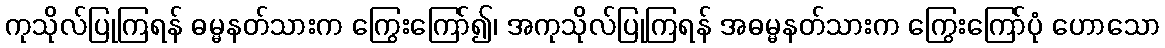
ကုသိုလ်ပြုကြရန် ဓမ္မနတ်သားက ကြွေးကြော်၍၊ အကုသိုလ်ပြုကြရန် အဓမ္မနတ်သားက ကြွေးကြော်ပုံ ဟောသော